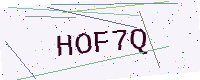
Text: HOF7Q